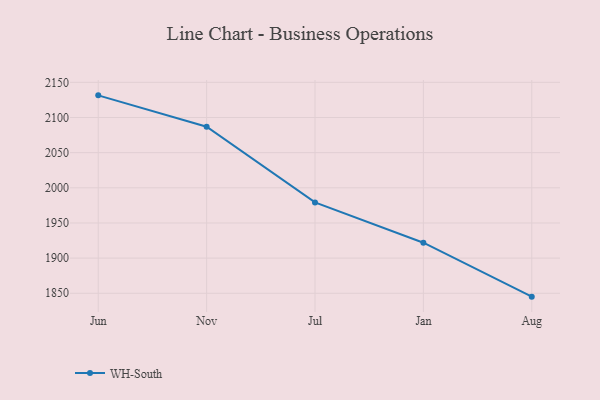
{"axis": {"x": "Month", "y": "Active Users"}, "legend": ["WH-South"], "data": [{"x": "Jun", "y": 2131.5, "type": "WH-South"}, {"x": "Nov", "y": 2086.9, "type": "WH-South"}, {"x": "Jul", "y": 1979.2, "type": "WH-South"}, {"x": "Jan", "y": 1921.9, "type": "WH-South"}, {"x": "Aug", "y": 1845.2, "type": "WH-South"}]}